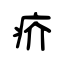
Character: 疥